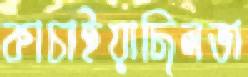
কাচাইয়াছিলভা